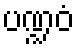
ပဏ္ဍဝံ